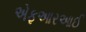
એફઆરઆઈ